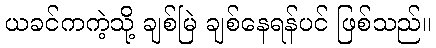
ယခင်ကကဲ့သို့ ချစ်မြဲ ချစ်နေရန်ပင် ဖြစ်သည်။